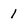
Character: 1